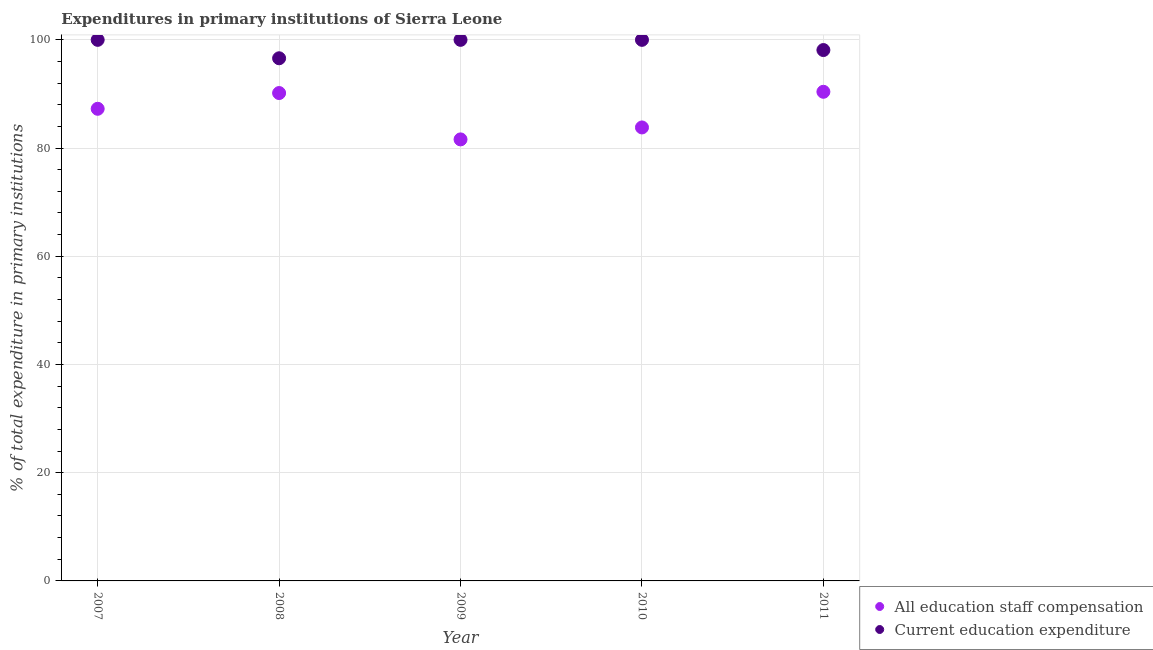
| Year | All education staff compensation | Current education expenditure |
 | --- | --- | --- |
 | 2007 | 87.3 | 100 |
 | 2008 | 90.2 | 96.6 |
 | 2009 | 81.6 | 100 |
 | 2010 | 83.8 | 100 |
 | 2011 | 90.4 | 98.1 |